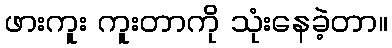
ဖားကူး ကူးတာကို သုံးနေခဲ့တာ။